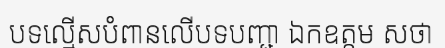
បទល្មើសបំពានលើបទបញ្ជា ឯកឧត្តម សថា